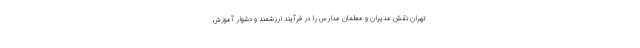
تهران نقش مدیران و معلمان مدارس را در فرآیند ارزشمند و دشوار آموزش